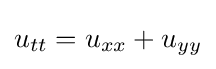
u_{tt}=u_{xx}+u_{yy}